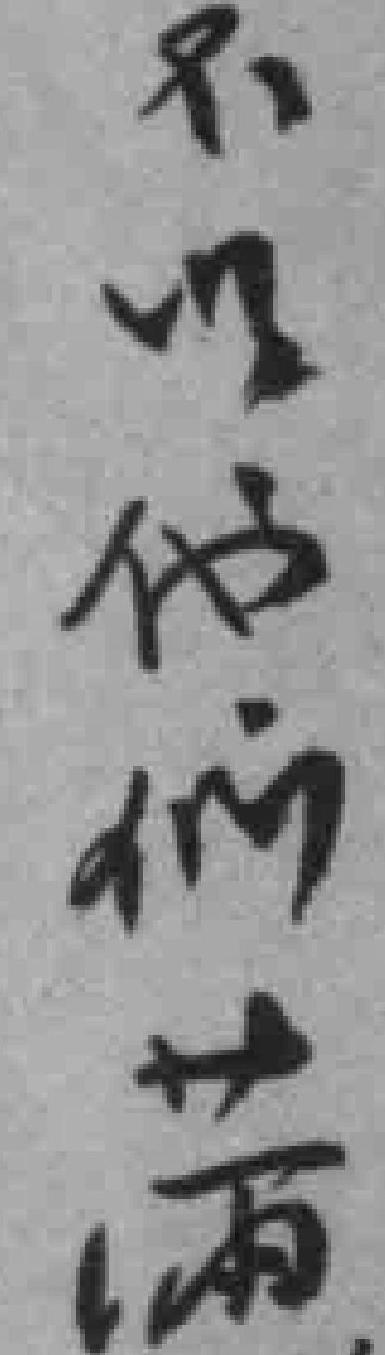
不以他们滿